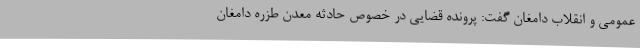
عمومی و انقلاب دامغان گفت: پرونده قضایی در خصوص حادثه معدن طزره دامغان